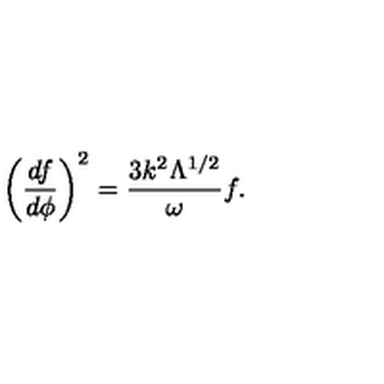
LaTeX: \left( \frac { d f } { d \phi } \right) ^ { 2 } = \frac { 3 k ^ { 2 } \Lambda ^ { 1 / 2 } } { \omega } f .